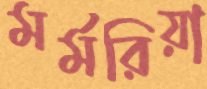
মর্মরিয়া